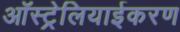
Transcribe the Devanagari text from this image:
ऑस्ट्रेलियाईकरण